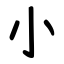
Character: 小